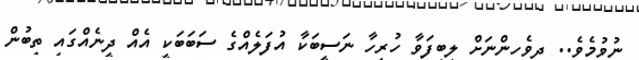
ނުވުމެވެ.. ދިވެހިންނަށް ލިބިފަވާ ހުރިހާ ނަސީބަކާ އުފަލެއްގެ ސަބަބަކީ އެއް ދީނެއްގައި ތިބުން